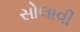
સોલાવી